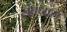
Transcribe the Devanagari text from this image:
संबंधास